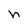
Character: n